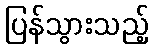
ပြန်သွားသည့်